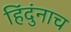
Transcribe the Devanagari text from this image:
हिंदुंनाच